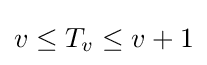
v\leq T_{v}\leq v+1